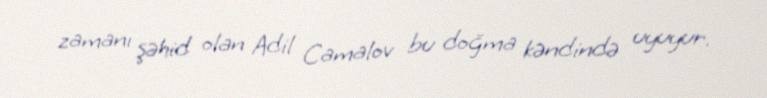
zamanı şəhid olan Adil Camalov bu doğma kəndində uyuyur.